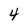
Character: 4